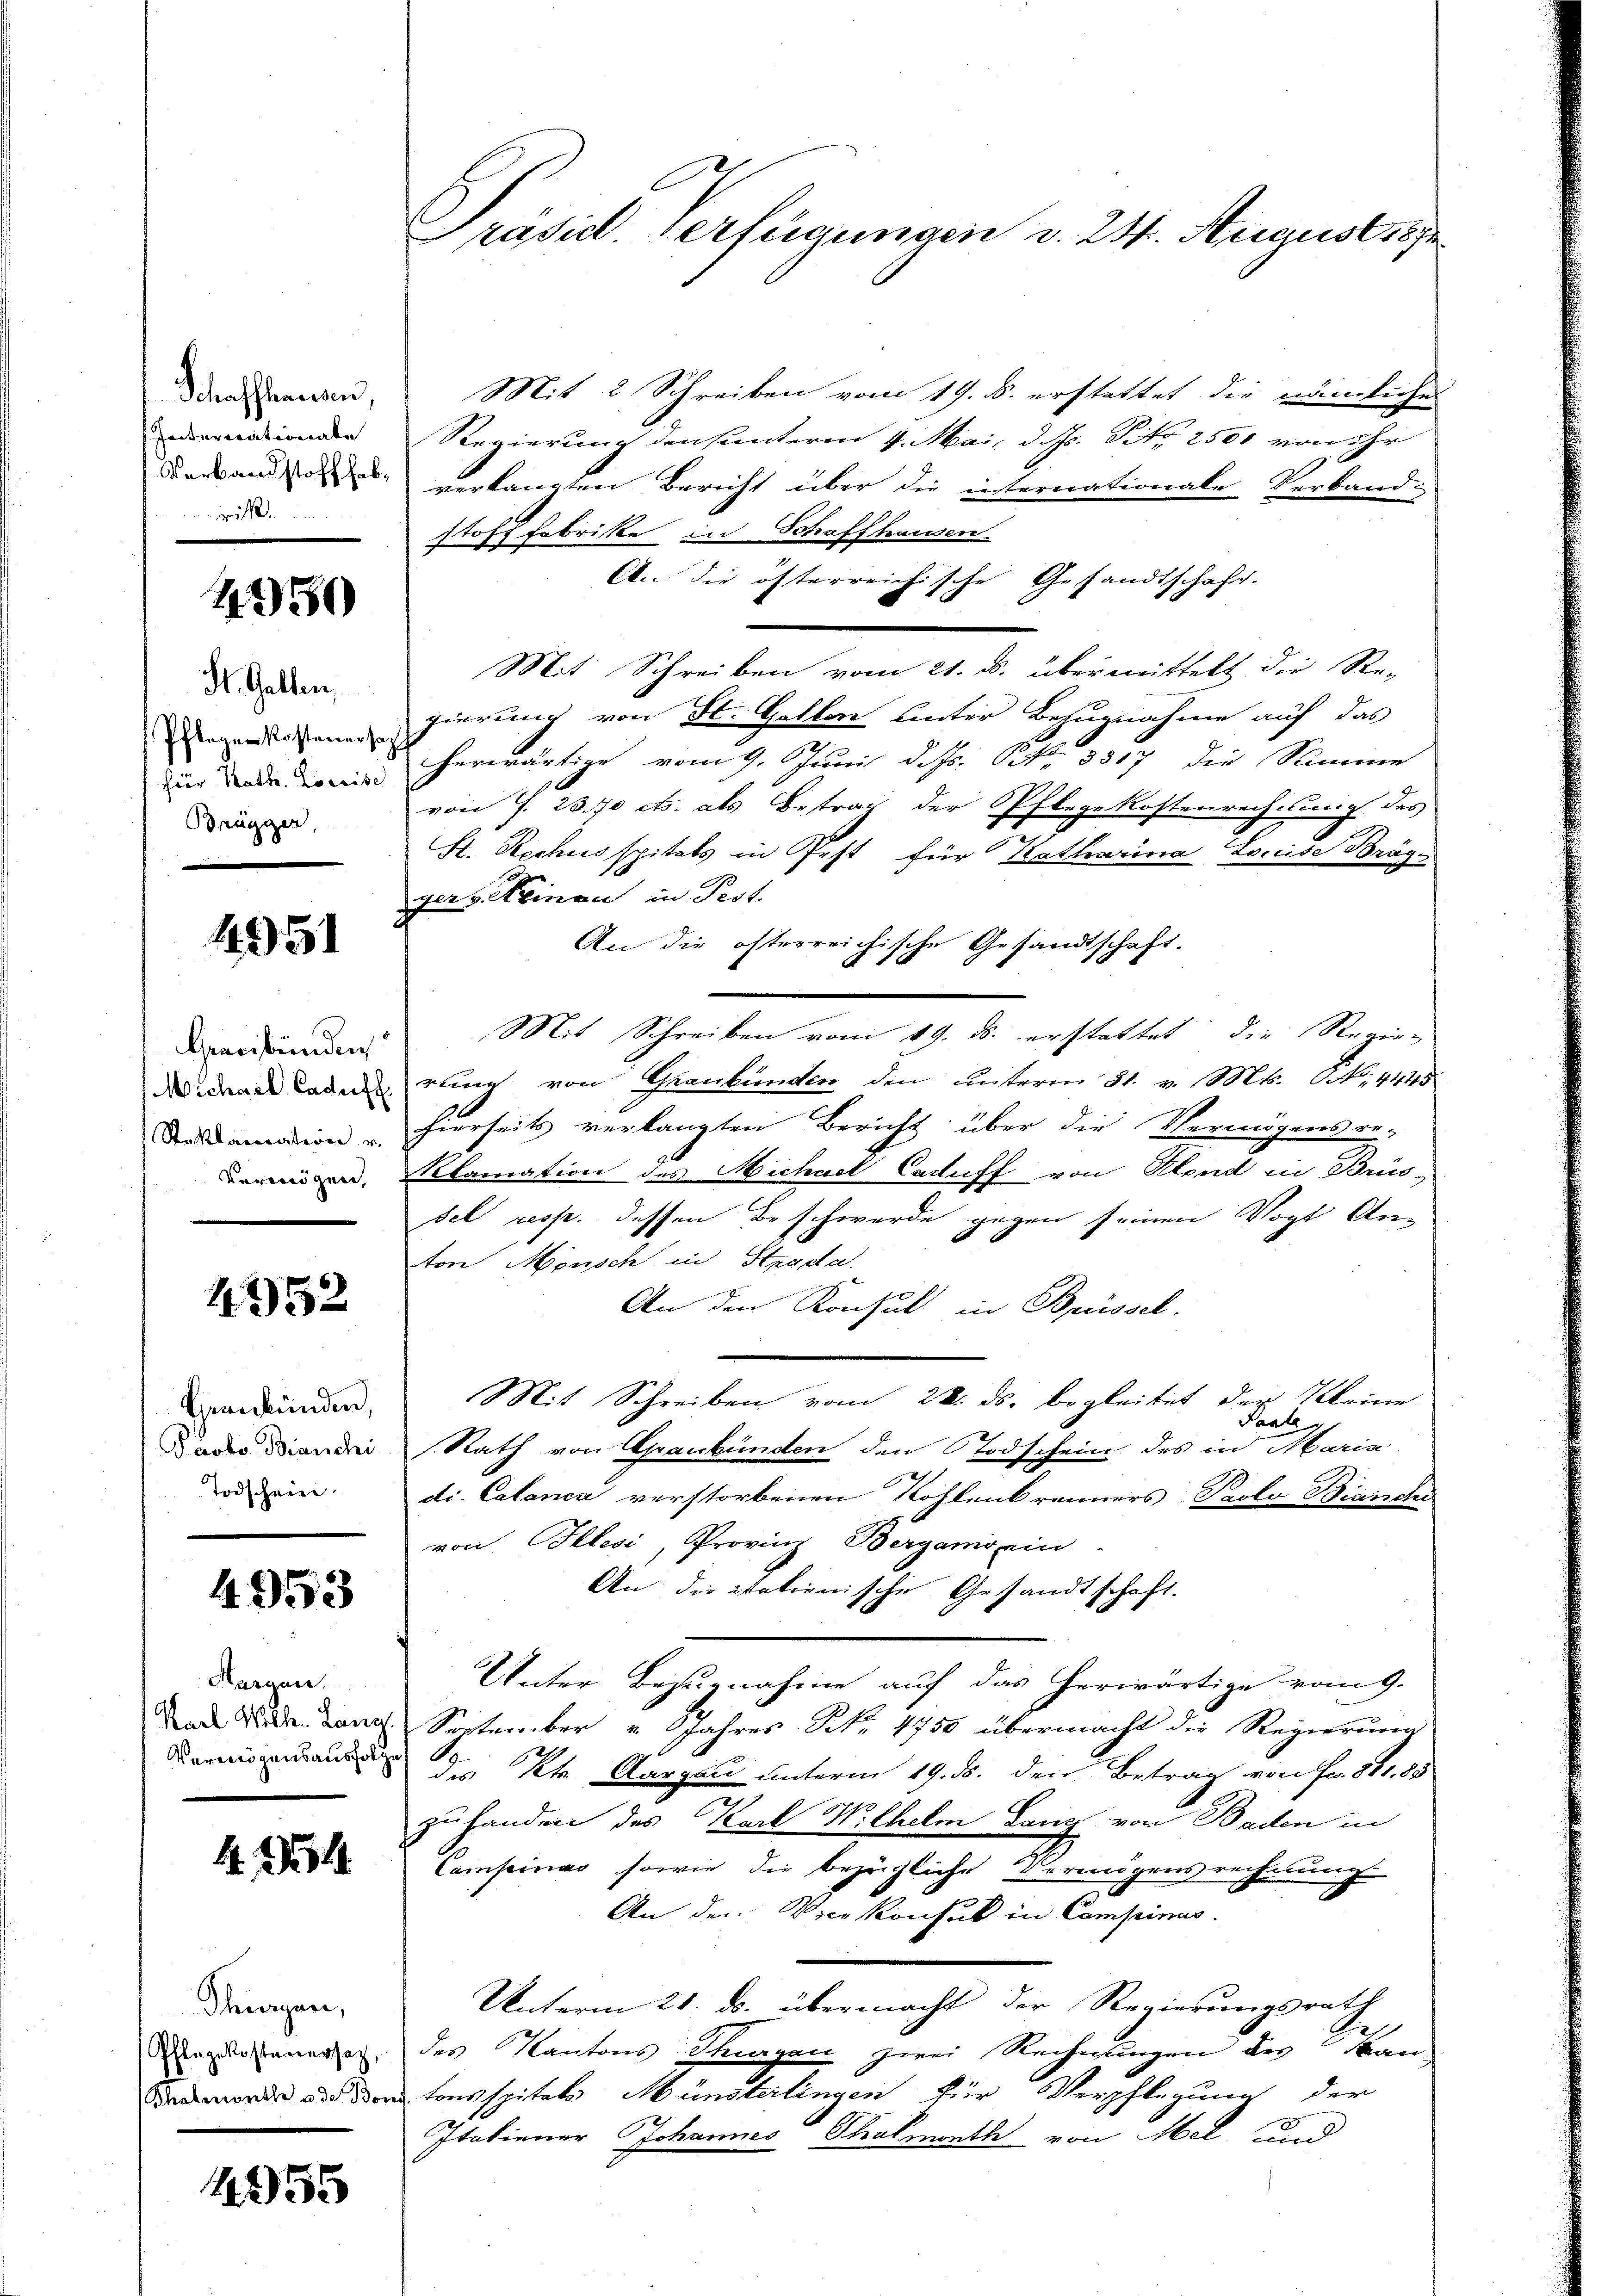
ritt.

14330

St. Gallen,
Pflegen Kostenersach
Brägger,

4951

Graubünden

4252

Graubünden,
Todschein

4953

Hargen.

1.11

Shungen,

4955

Präsid. Verfügungen v. 24. August 1874

demmen, Mit 2 Schreiben vom 19. B. erstattet die nämliches
dramation der Regierung densunterm 7. Mai, d. Js. Frk. 2500 von ihr
Bewandes verlangten Bericht über die internationale Verband-
stoff Fabrike, in Schaffhausen
An die öfterreichische Gesandtschaft.
Mit Schreiben vom 21. ds. übermittelt die Re-
gierung von St. Gallen unter Bezugnahme auf das
unde herwärtige vom 9. Juni d. Js. Nr. 3817 die Stimme
von J. 2370 cts. als Betrag der Pflegekostenrechung des
St. Rechusspitals in Pest für Katharina Louise Bräg
gersteinau in Pest
An die öfterreichische Gesandtschaft.
Mit Schreiben vom 19. ds. erstattet die Regie¬
Widere Laden rung von Graubünden den unterm 31. v. Mts. N. 4445
ion hierseits verlangten Bericht über die Vermögensre-
 Klamation des Michael Cartuff von Klend in Brüs-
sel resp. dessen Beschwerde gegen seinen Vogt An-
ton Mensch in Strada
An den Konsul in Brüssel.
Mit Schreiben vom 22. ds. begleitet der Kleine
Tante
Rade diendrei Rath von Graubünden den Todschein des in Maria
di. Calanca verstorbenen Kohlenbrenners Paolo Bianche
von Illesi, Provinz Bergamo ein
An die italienische Gesandtschaft.
Unter Bezugnahme auf das herwärtige vom 9.
Dad Nieder Land. September v. Jahres N. 4750 übermacht die Regierung
 des Kt. Aargau unterm 19. ds. den Betrag von Fr. 581. 85
zuhanden des Karl Wilhelm Lanz von Baden in
Campinas, sowie die bezügliche Vermögensrechtung
An den Verkonsul in Campinus.
Unterm 21. ds. übermacht der Regierungsrath
ngekostenersez, des Kantons Thurgau zwei Rechnungen des Kan¬
 und dem Consspitals Münsterlingen für Verpflegung der
Italiener Johannes Thalenth von Mel und